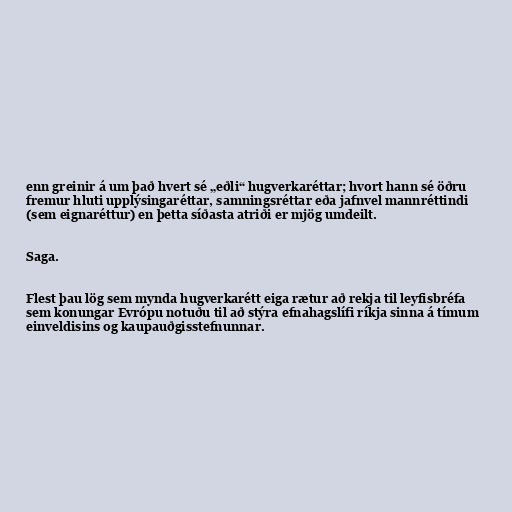
enn greinir á um það hvert sé „eðli“ hugverkaréttar; hvort hann sé öðru
fremur hluti upplýsingaréttar, samningsréttar eða jafnvel mannréttindi
(sem eignaréttur) en þetta síðasta atriði er mjög umdeilt.

Saga.

Flest þau lög sem mynda hugverkarétt eiga rætur að rekja til leyfisbréfa
sem konungar Evrópu notuðu til að stýra efnahagslífi ríkja sinna á tímum
einveldisins og kaupauðgisstefnunnar.